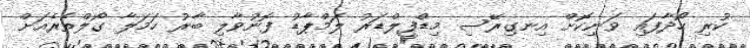
ކުރި ހޯދާފައި ވަނިކޮށް އިނގިރޭސި މިޑްފީލްޑަރު ލަމްޕާޑު ފޮނުވާލި ބާރު ހަމަލާ ގޯލްތެރެއަށް